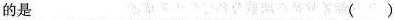
的是 ( )